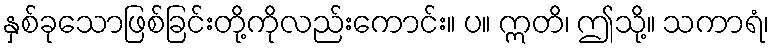
နှစ်ခုသောဖြစ်ခြင်းတို့ကိုလည်းကောင်း။ ပ။ ဣတိ၊ ဤသို့။ သကာရံ၊